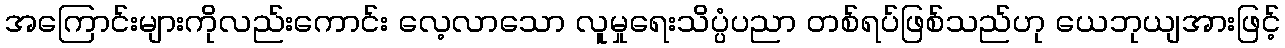
အကြောင်းများကိုလည်းကောင်း လေ့လာသော လူမှုရေးသိပ္ပံပညာ တစ်ရပ်ဖြစ်သည်ဟု ယေဘုယျအားဖြင့်